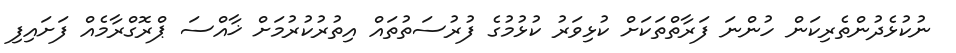
ނުކުޅެދުންތެރިކަން ހުންނަ ފަރާތްތަކަށް ކުޅިވަރު ކުޅުމުގެ ފުރުސަތުތައް އިތުރުކުރުމަށް ޚާއްސަ ޕްރޮގްރާމެއް ފަށައިފި